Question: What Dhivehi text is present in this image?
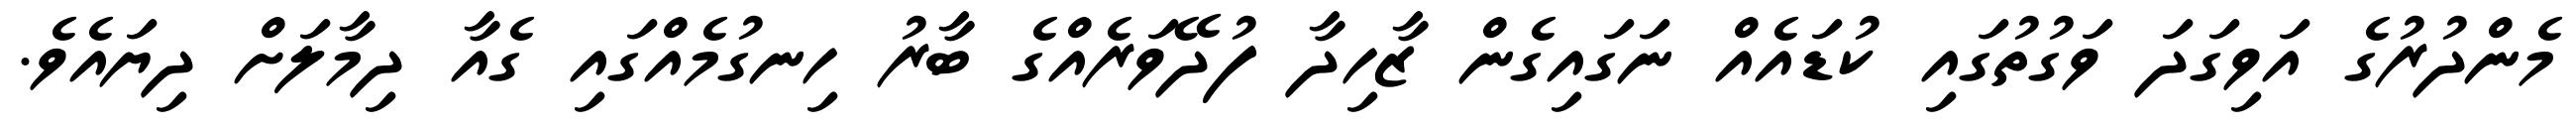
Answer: މެންދުރުގެ އަވިގަދަ ވަގުތުގައި ކުޑައެއް ނަގައިގެން ޒާހިދާ ފުދޭވަރެއްގެ ބާރު ހިނގުމެއްގައި ގެއާ ދިމާލަށް ދިޔައެވެ.